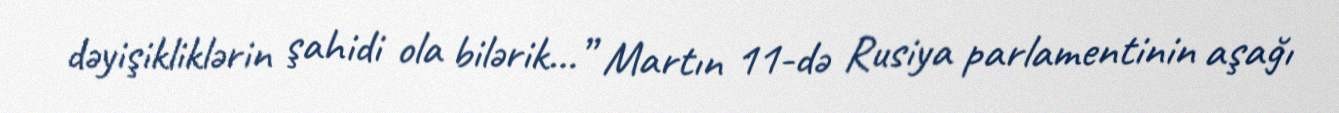
dəyişikliklərin şahidi ola bilərik...” Martın 11-də Rusiya parlamentinin aşağı